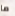
ما